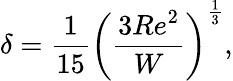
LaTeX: \delta=\frac{1}{15}\left(\frac{3{Re}^{2}}{W}\right)^{\frac{1}{3}},